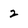
Character: 2